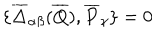
\{ \overline { { { \Delta } } } _ { \alpha \beta } ( \overline { { { Q } } } ) , \overline { { { P } } } _ { \gamma } \} = 0